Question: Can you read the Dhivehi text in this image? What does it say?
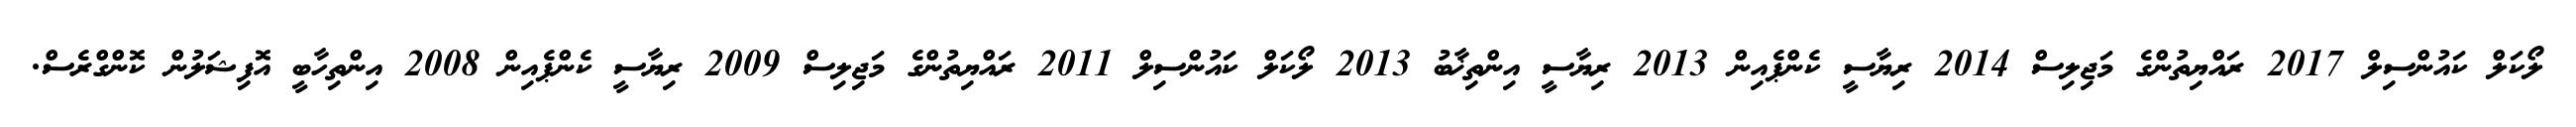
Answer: ލޯކަލް ކައުންސިލް 2017 ރައްޔިތުންގެ މަޖިލިސް 2014 ރިޔާސީ ކެންޕެއިން 2013 ރިޔާސީ އިންތިޚާބު 2013 ލޯކަލް ކައުންސިލް 2011 ރައްޔިތުންގެ މަޖިލިސް 2009 ރިޔާސީ ކެންޕެއިން 2008 އިންތިހާބީ އޮފިޝަލުން ކޮންގްރެސް.